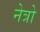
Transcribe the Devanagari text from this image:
नेत्रो